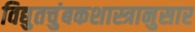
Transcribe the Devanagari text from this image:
विद्युतचुंबकशास्त्रानुसार